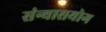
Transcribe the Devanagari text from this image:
संन्यासयोग